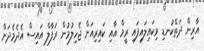
އާރިން ދަތްކުނޑި ވިކައިލައިފައި ރީމް އާއި ކައިރިއަށް ޖެހިލުމުން ރަފާލް އައިސް އެދެމެދަށް